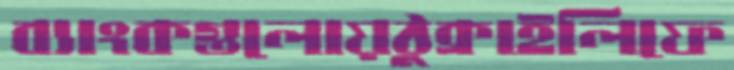
ব্যাংকগুলোয়ঠুক্‌রাইলিফে